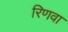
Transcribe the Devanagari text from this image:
रिणवा